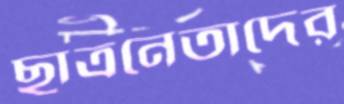
ছাত্রনেতাদের